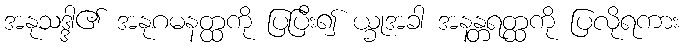
အနုသဒ္ဒါ၏ အနုဂမနတ္ထကို ပြပြီး၍ ယ္ခုအခါ အနန္တရတ္ထကို ပြလိုရကား